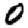
Digit: 0